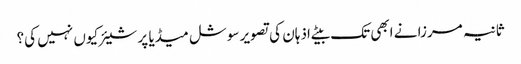
ثانیہ مرزا نے ابھی تک بیٹے اذہان کی تصویر سوشل میڈیا پر شیئر کیوں نہیں کی؟